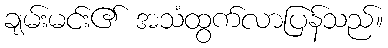
ချမ်းမင်း၏ အသံထွက်လာပြန်သည်။